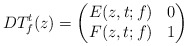
\begin{align*}DT_{f}^{t}(z)=\begin{pmatrix}E(z,t;f) & 0\\F(z,t;f) & 1\end{pmatrix}\end{align*}